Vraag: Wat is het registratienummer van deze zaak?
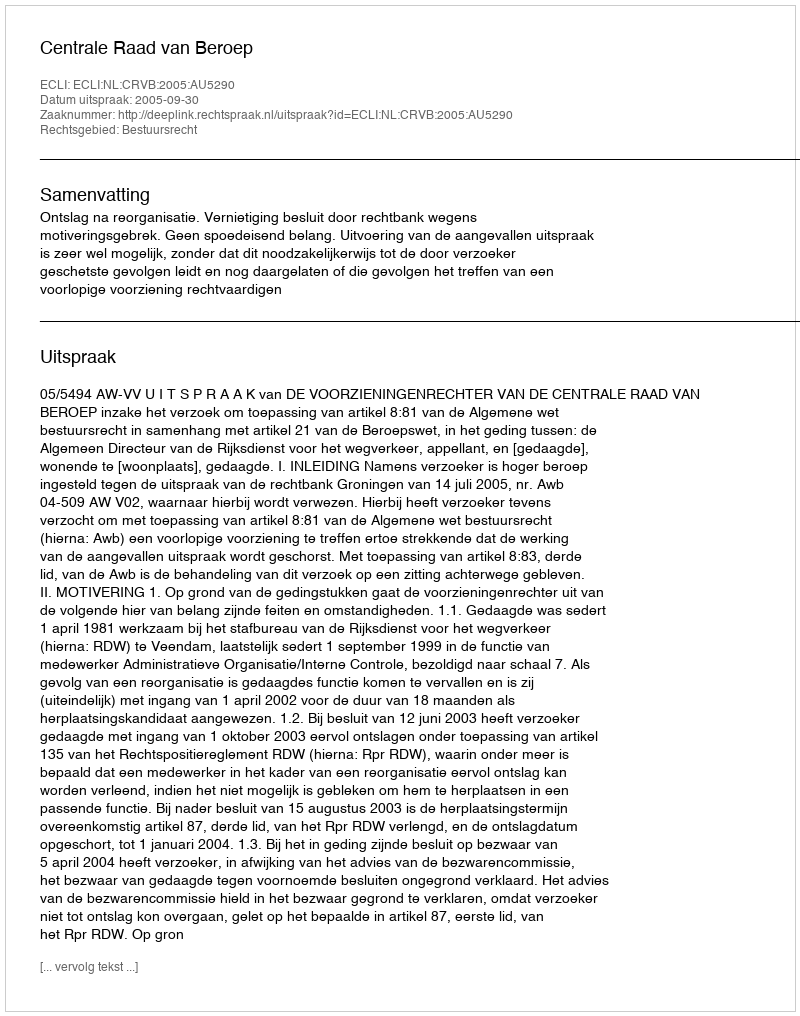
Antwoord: http://deeplink.rechtspraak.nl/uitspraak?id=ECLI:NL:CRVB:2005:AU5290